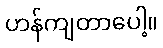
ဟန်ကျတာပေါ့။